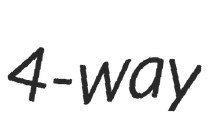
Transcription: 4-way